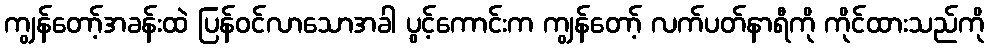
ကျွန်တော့်အခန်းထဲ ပြန်ဝင်လာသောအခါ ပွင့်ကောင်းက ကျွန်တော့် လက်ပတ်နာရီကို ကိုင်ထားသည်ကို